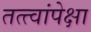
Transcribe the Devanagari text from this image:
तत्त्वांपेक्षा